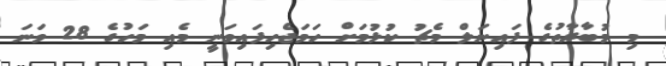
މި މުބާރާތުގެ ފައިނަލް މެޗު ކުޅުމަށް ހަމަޖެހިފައިވަނީ މެއި މަހުގެ 28 ވަނަ